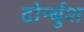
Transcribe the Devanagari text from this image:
दोर्न्बुश